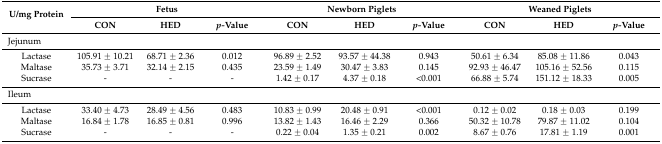
<table><thead><tr><td rowspan="2"><b>U/mg Protein</b></td><td colspan="3"><b>Fetus</b></td><td colspan="3"><b>Newborn Piglets</b></td><td colspan="3"><b>Weaned Piglets</b></td></tr><tr><td><b>CON</b></td><td><b>HED</b></td><td><b><i>p-</i>Value</b></td><td><b>CON</b></td><td><b>HED</b></td><td><b><i>p-</i>Value</b></td><td><b>CON</b></td><td><b>HED</b></td><td><b><i>p-</i>Value</b></td></tr></thead><tbody><tr><td colspan="10">Jejunum</td></tr><tr><td>Lactase</td><td>105.91 ± 10.21</td><td>68.71 ± 2.36</td><td>0.012</td><td>96.89 ± 2.52</td><td>93.57 ± 44.38</td><td>0.943</td><td>50.61 ± 6.34</td><td>85.08 ± 11.86</td><td>0.043</td></tr><tr><td>Maltase</td><td>35.73 ± 3.71</td><td>32.14 ± 2.15</td><td>0.435</td><td>23.59 ± 1.49</td><td>30.47 ± 3.83</td><td>0.145</td><td>92.93 ± 46.47</td><td>105.16 ± 52.56</td><td>0.115</td></tr><tr><td>Sucrase</td><td>-</td><td>-</td><td>-</td><td>1.42 ± 0.17</td><td>4.37 ± 0.18</td><td>&lt;0.001</td><td>66.88 ± 5.74</td><td>151.12 ± 18.33</td><td>0.005</td></tr><tr><td colspan="10">Ileum</td></tr><tr><td>Lactase</td><td>33.40 ± 4.73</td><td>28.49 ± 4.56</td><td>0.483</td><td>10.83 ± 0.99</td><td>20.48 ± 0.91</td><td>&lt;0.001</td><td>0.12 ± 0.02</td><td>0.18 ± 0.03</td><td>0.199</td></tr><tr><td>Maltase</td><td>16.84 ± 1.78</td><td>16.85 ± 0.81</td><td>0.996</td><td>13.82 ± 1.43</td><td>16.46 ± 2.29</td><td>0.366</td><td>50.32 ± 10.78</td><td>79.87 ± 11.02</td><td>0.104</td></tr><tr><td>Sucrase</td><td>-</td><td>-</td><td>-</td><td>0.22 ± 0.04</td><td>1.35 ± 0.21</td><td>0.002</td><td>8.67 ± 0.76</td><td>17.81 ± 1.19</td><td>0.001</td></tr></tbody></table>